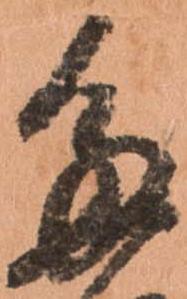
多